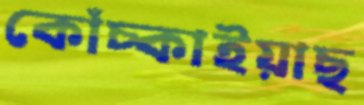
কোঁচ্‌কাইয়াছ